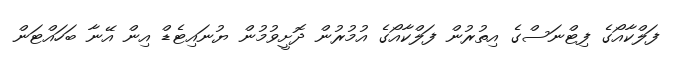
ފަލްކާއޯގެ ފިޓްނަސްގެ އިތުރުން ފަލްކާއޯގެ އުމުރުން ދޮށީވުމުން ޔުނައިޓެޑް އިން އޭނާ ބަހައްޓަން